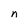
Character: n